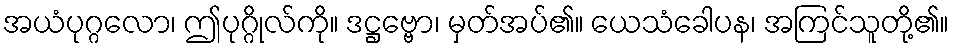
အယံပုဂ္ဂလော၊ ဤပုဂ္ဂိုလ်ကို။ ဒဋ္ဌဗ္ဗော၊ မှတ်အပ်၏။ ယေသံခေါပန၊ အကြင်သူတို့၏။